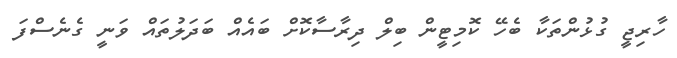
ހާރިޖީ ގުޅުންތަކާ ބެހޭ ކޮމިޓީން ބިލް ދިރާސާކޮށް ބައެއް ބަދަލުތައް ވަނީ ގެނެސްފަ